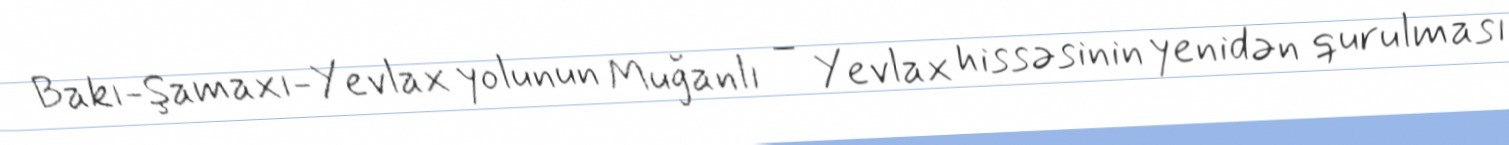
Bakı-Şamaxı-Yevlax yolunun Muğanlı – Yevlax hissəsinin yenidən qurulması